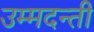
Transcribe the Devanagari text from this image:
उम्मदन्ती